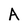
Character: A